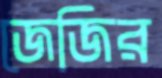
জেজির